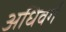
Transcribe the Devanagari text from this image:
अधिवर्ग